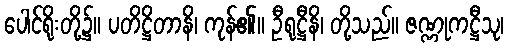
ပေါင်ရိုးတို့၌။ ပတိဋ္ဌိတာနိ၊ ကုန်၏။ ဦရုဋ္ဌီနိ၊ တို့သည်။ ဇဏ္ဏုကဋ္ဌီသု၊